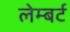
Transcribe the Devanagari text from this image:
लेम्‍बर्ट